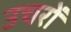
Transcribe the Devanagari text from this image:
उचरों